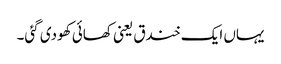
یہاں ایک خندق یعنی کھائی کھودی گئی۔